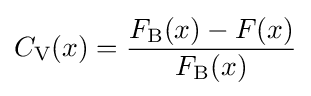
C_{\text{V}}(x)={\frac {F_{\text{B}}(x)-F(x)}{F_{\text{B}}(x)}}